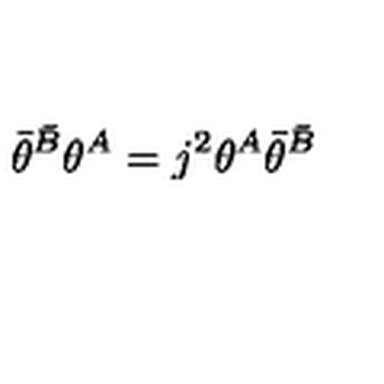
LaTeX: \bar { \theta } ^ { \bar { B } } \theta ^ { A } = j ^ { 2 } \theta ^ { A } \bar { \theta } ^ { \bar { B } }